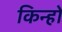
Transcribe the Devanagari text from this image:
किन्हों